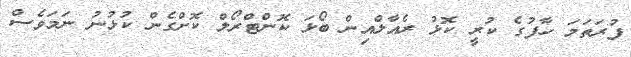
ފުރަތަމަ ހާފުގެ ކުރީ ކޮޅު ރެއާލްއިން ބޯޅަ ކޮންޓްރޯލް ކޮށްގެން ކުޅުނު ނަމަވެސް